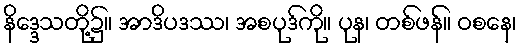
နိဒ္ဒေသတို့၌။ အာဒိပဒဿ၊ အစပုဒ်ကို။ ပုန၊ တစ်ဖန်။ ဝစနေ၊